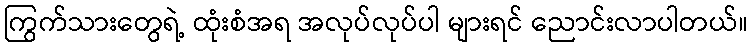
ကြွက်သားတွေရဲ့ ထုံးစံအရ အလုပ်လုပ်ပါ များရင် ညောင်းလာပါတယ်။